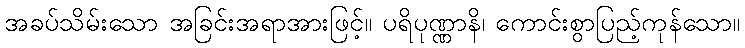
အခပ်သိမ်းသော အခြင်းအရာအားဖြင့်။ ပရိပုဏ္ဏာနိ၊ ကောင်းစွာပြည့်ကုန်သော။